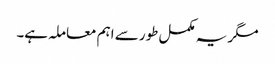
مگر یہ مکمل طور سے اہم معاملہ ہے۔